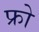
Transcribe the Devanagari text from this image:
फ्रो